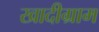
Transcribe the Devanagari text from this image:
खादीग्राम